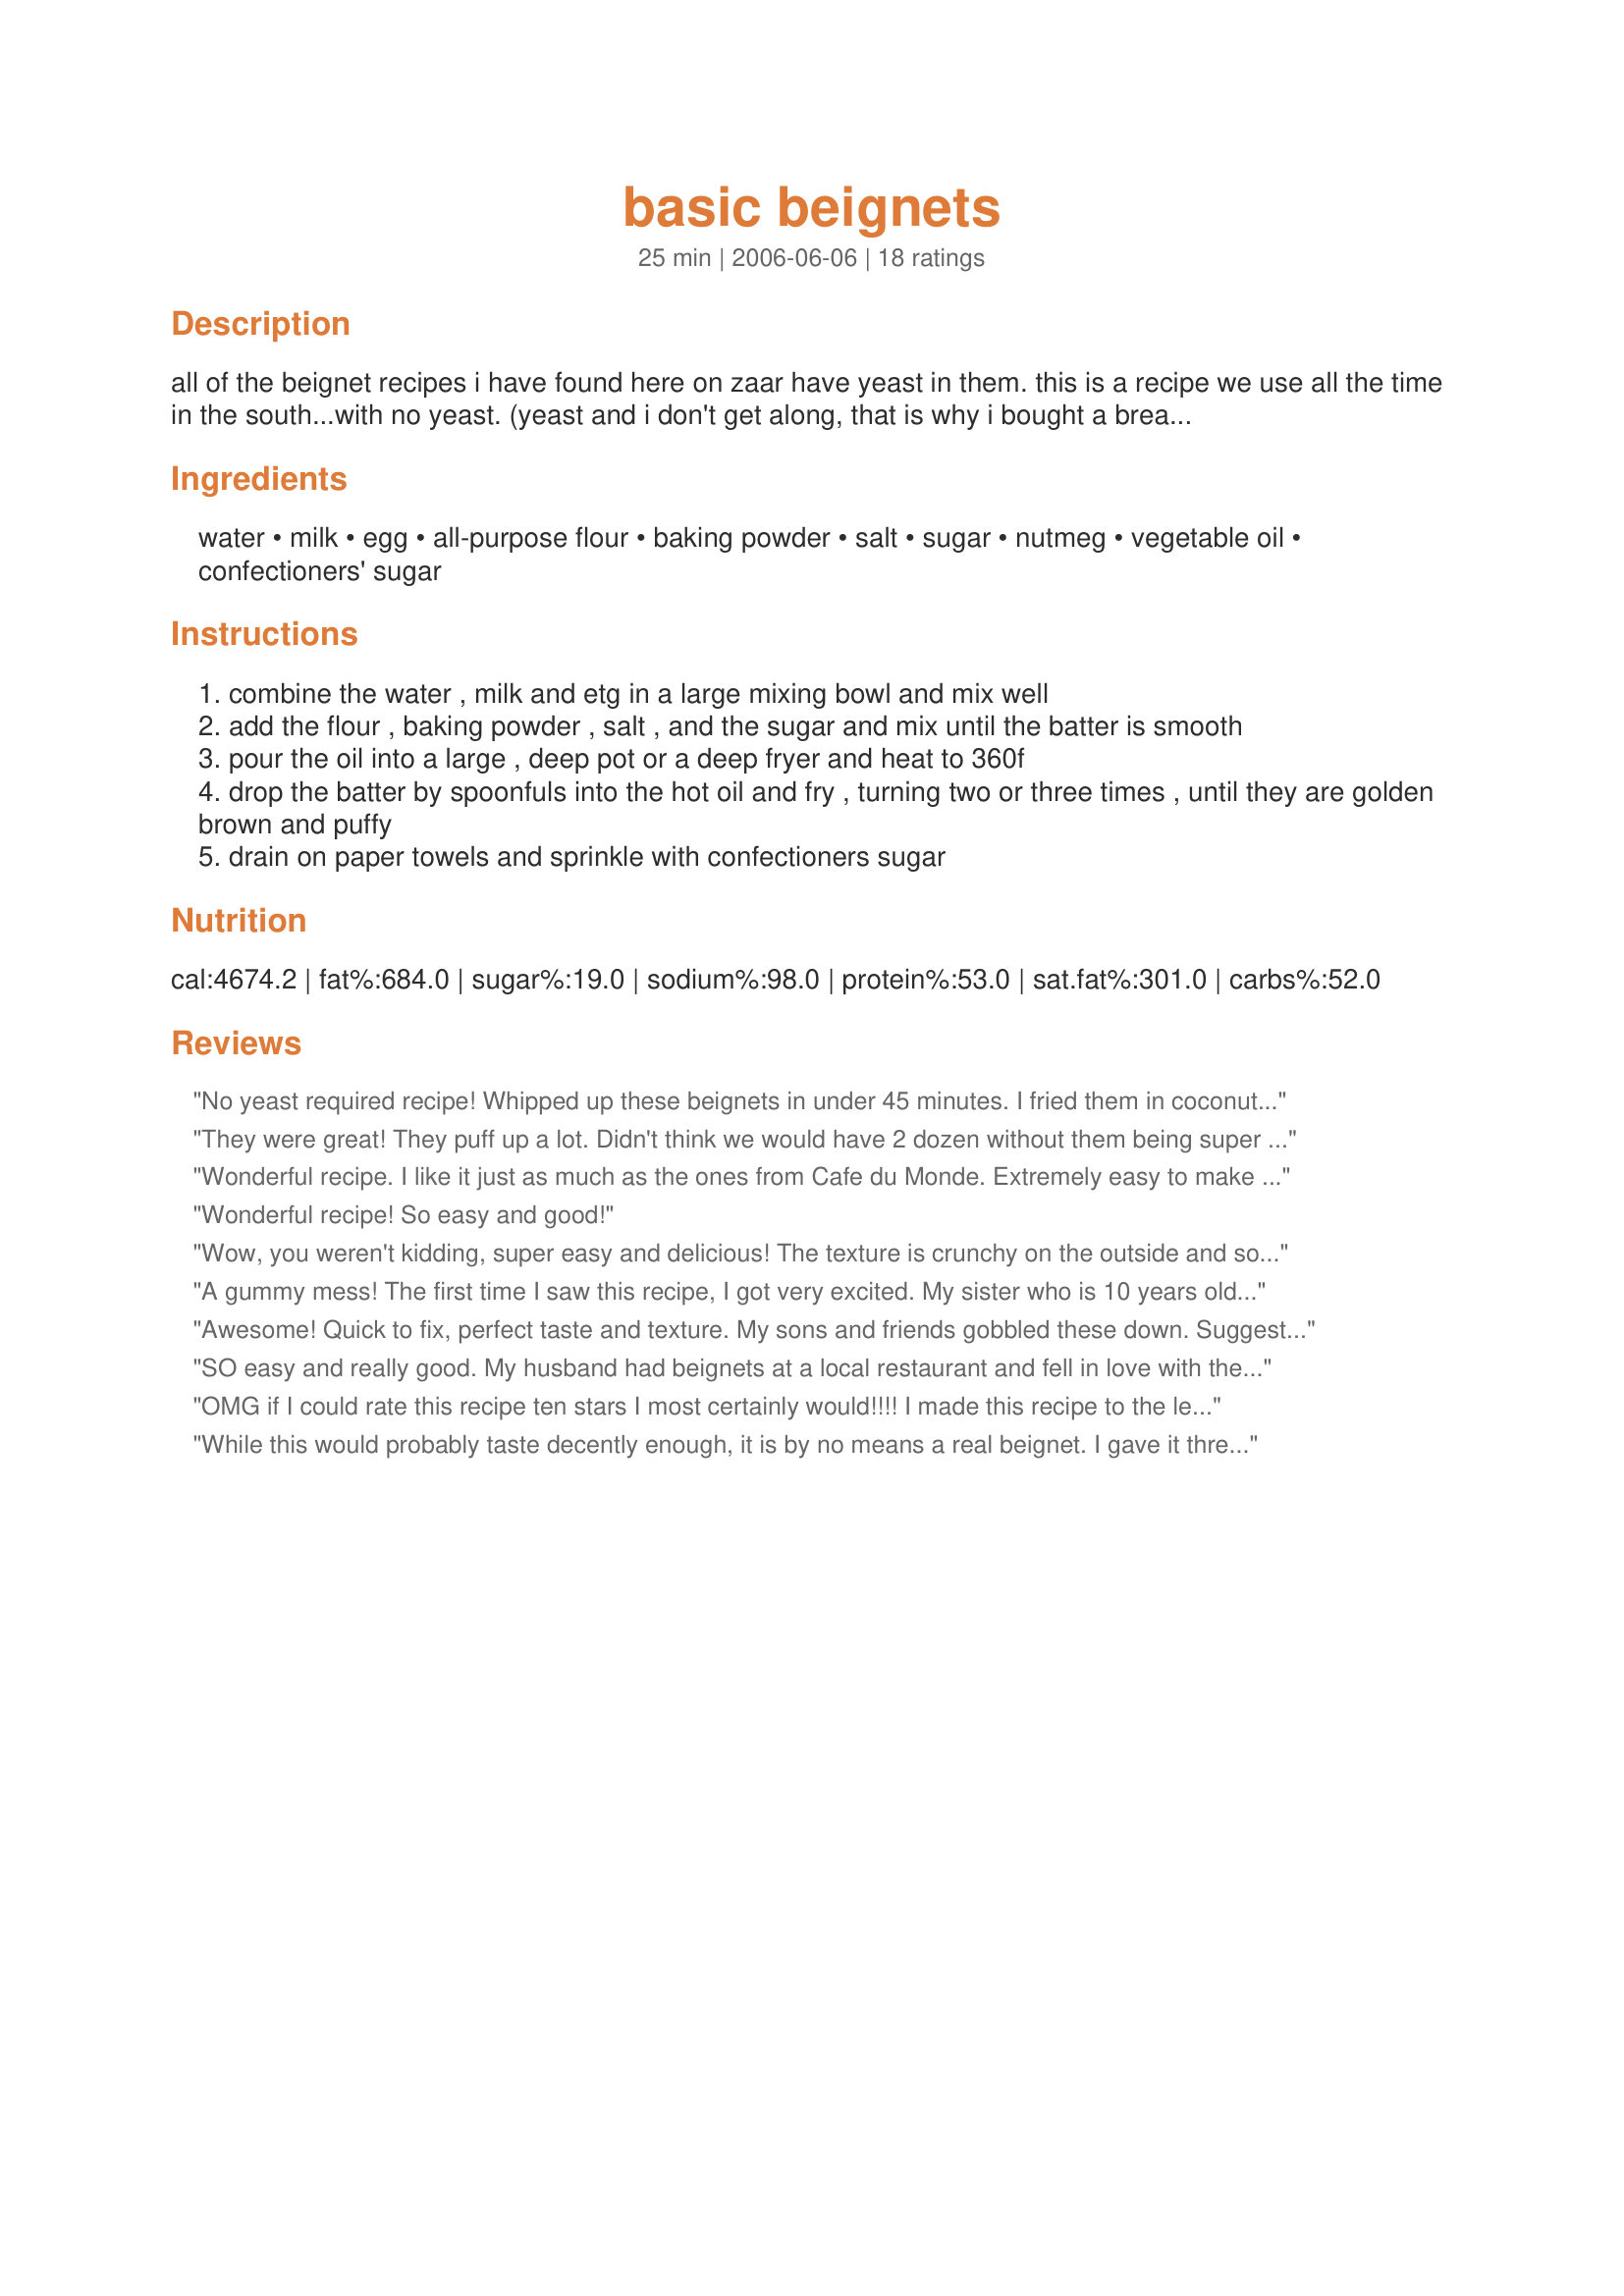
basic beignets
Preparation time: 25 minutes

all of the beignet recipes i have found here on zaar have yeast in them. this is a recipe we use all the time in the south...with no yeast. (yeast and i don't get along, that is why i bought a bread machine) light and fluffy!! just dust with confectioners sugar and enjoy!

Ingredients:
water, milk, egg, all-purpose flour, baking powder, salt, sugar, nutmeg, vegetable oil, confectioners' sugar

Steps:
combine the water , milk and etg in a large mixing bowl and mix well
add the flour , baking powder , salt , and the sugar and mix until the batter is smooth
pour the oil into a large , deep pot or a deep fryer and heat to 360f
drop the batter by spoonfuls into the hot oil and fry , turning two or three times , until they are golden brown and puffy
drain on paper towels and sprinkle with confectioners sugar

Reviews:
No yeast required recipe! Whipped up these beignets in under 45 minutes. I fried them in coconut oil which gave them a great flavor. I made a blackberry, blueberry &amp; brandy compote to accompany the beignets but they tasted great on their own. Only downside to these are that they don&#039;t come out in perfect squares since the batter is runny and you spoon the batter into the frying oil. If you spoon the batter in carefully you can get nice round balls.
They were great! They puff up a lot. Didn't think we would have 2 dozen without them being super small, but we had 24 really good sized Beignets!
Wonderful recipe. I like it just as much as the ones from Cafe du Monde. Extremely easy to make but you don't need much batter for each beignet as they puff up so much. Great recipe if you don't want to roll out dough.
Wonderful recipe! So easy and good!
Wow, you weren't kidding, super easy and delicious! The texture is crunchy on the outside and soft like a bisquit inside! Yumm, the kids are snatching them up as I type! I made these exactly as she said except I doubled the recipe thinking the batter looked little. Well, when you cook these things, they get HUGE. I recommend a large tablespoon for the dropping of the dough, not a soup ladle like I used on the first batch. They come out a golden yellow and cooked through. The first batch were so big, softball size, that the very center was uncooked. Thanks for a superfast-can-do-it-right-now recipe with little clean-up or effort.
A gummy mess! The first time I saw this recipe, I got very excited. My sister who is 10 years older than me would make these all the time when we were growing up. I followed the recipe step by step, but I cooked them in batches. I am very disappointed that each batch turned out the same no matter how long I cooked them. Very dough like and gummy. The taste was kinda bland too. I added more and more powder sugar, but that just made them harder and messier to eat. My three year old didn't care to much for them neither. That's not like a child not to like something with sugar. Hopefully I find another recipe. But overall the look of them were beautiful and they puffed nicely.
Awesome! Quick to fix, perfect taste and texture. My sons and friends gobbled these down. Suggest using less than a tablespoon for each beignet, they puff up quite a bit. These may not be traditional yeast beignets, but they're so good and so easy, I doubt now I'll ever try those yeast recipes now. Thanks for sharing the recipe!
SO easy and really good. My husband had beignets at a local restaurant and fell in love with them. I promised to make them sometime and was just about to try a yeast recipe when I saw this one. Made them today and he thought they were great and didn&#039;t notice they were not the yeast type.
OMG if I could rate this recipe ten stars I most certainly would!!!! I made this recipe to the letter and it came out wonderful had my mother (who is a very hard woman to please cuisine wise lol!) In a frenzy. She us very find of what I call the beignet balls!! Lol they taste great and for the critics that say negatively about this recipe... Learn how to cook properly and thouroughly....that is all.thank you for making me the household &quot;Susie homemaker&quot; as my mother calls me
While this would probably taste decently enough, it is by no means a real beignet. I gave it three stars though, because it&#039;s still more of a &quot;real&quot; beignet than most of the yeast recipes. But, a real beignet uses only water steam as leavening.
While this is most definitely a quick, easy, and delicious recipe, it is definitely NOT a beignet.
Very glad I tried it.
Not even remotely a beignet.&lt;br/&gt;&lt;br/&gt;If you make this recipe expecting the soft, sweet texture of a traditional beignet, you will be disappointed.&lt;br/&gt;&lt;br/&gt;This is just a recipe for the &quot;elephant ears&quot; of fried dough from a carnival. Gross.
This recipe was terrible. If you&#039;ve ever had a real beignet you&#039;ll be disappointed. This is nothing like One. My husband described as a bland hush puppy and the kids wouldn&#039;t eat them.
Terrible. Beignets are dough, not pancake batter. This makes a mess and some very ugly results.
Nope its not a beignet after realizing how runny the batter is I realized I&#039;d be making funnel cake. Kudos to me my wife has never had beignets but loves funnel cake. Now I just wonder how mama used to make them so fast, maybe I just slept in all morning, but it was dough. Either way thank you for a good meal, my family is full, and it cost about 12 cents a plate.
Way too runny batter, maybe you should come to new Orleans and visit cafe du monde and see some real beignets . It was a disaster . I had to improvise to make it solid with lots of flour . Othwise it would be a stringy mess .
though this was exponentially faster than making beignets wth yeast, but do not expect a beignet with this recipe. Whatever I created was more like a tasteless oily blob. With the help of extreme amounts of powedered sugar it was edible, but still had the awful aftertaste. Just take the time to do beignets the right way. It&#039;ll be worth it.
SO GOOD!!!!!!! We all LOVED these. I just made these for Christmas Eve and they were inhaled by all! I made exactly as posted. Thank you and God Bless. MERRY CHRISTMAS!
